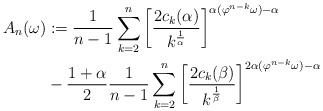
\begin{align*} A_n(\omega) &:= \frac{1}{n-1}\sum_{k=2}^n\left[\frac{2c_k(\alpha)}{k^{\frac{1}{\alpha}}}\right]^{\alpha(\varphi^{n-k}\omega) - \alpha} \\&- \frac{1+ \alpha }{2} \frac{1}{n-1} \sum_{k=2}^n \left[\frac{2c_k(\beta)}{k^{\frac{1}{\beta}}}\right]^{2\alpha(\varphi^{n-k}\omega) - \alpha}\end{align*}